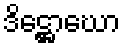
ဒိဋ္ဌောဃော